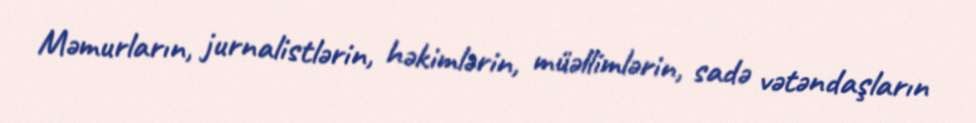
Məmurların, jurnalistlərin, həkimlərin, müəllimlərin, sadə vətəndaşların